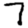
Digit: 7